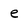
Character: e